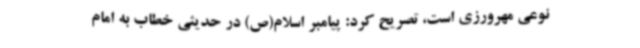
نوعی مهرورزی است، تصریح کرد: پیامبر اسلام(ص) در حدیثی خطاب به امام